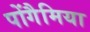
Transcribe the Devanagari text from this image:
पोंगैमिया